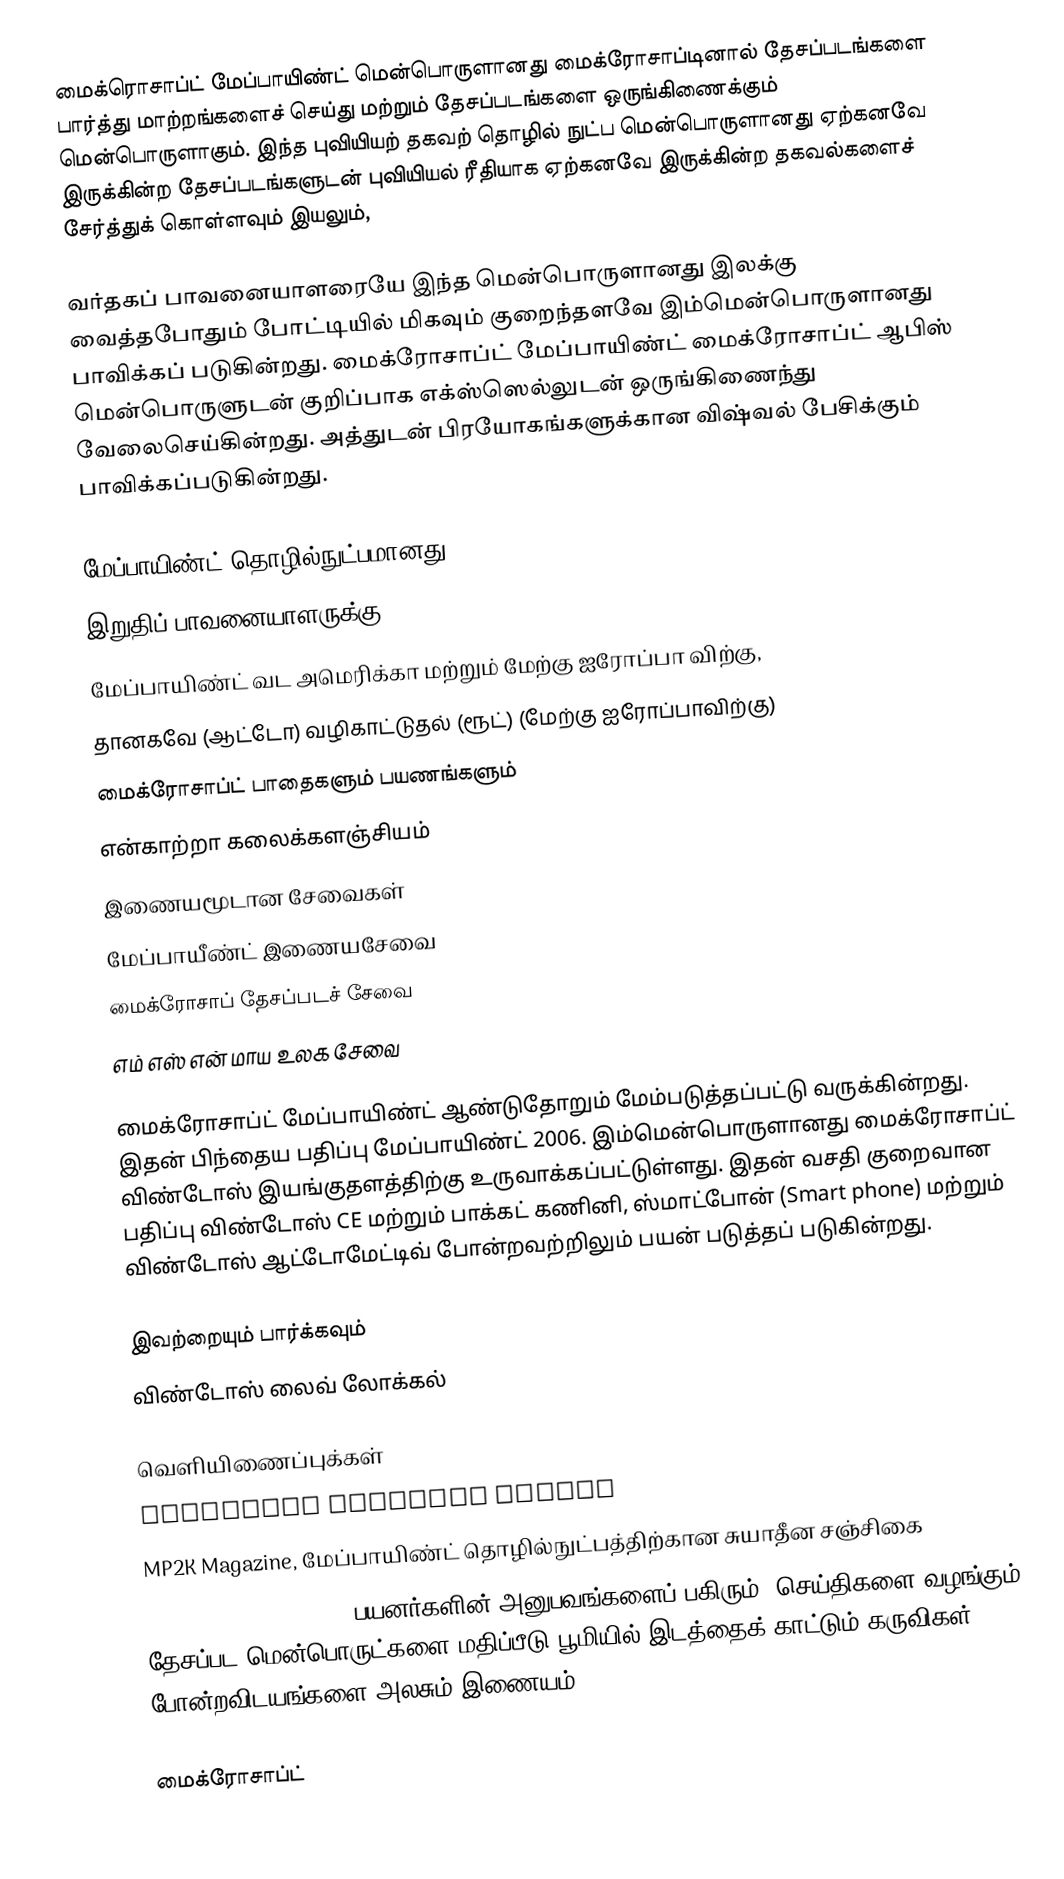
மைக்ரொசாப்ட் மேப்பாயிண்ட் மென்பொருளானது மைக்ரோசாப்டினால் தேசப்படங்களை பார்த்து மாற்றங்களைச் செய்து மற்றும் தேசப்படங்களை ஒருங்கிணைக்கும் மென்பொருளாகும். இந்த புவியியற் தகவற் தொழில் நுட்ப மென்பொருளானது ஏற்கனவே இருக்கின்ற தேசப்படங்களுடன் புவியியல் ரீதியாக ஏற்கனவே இருக்கின்ற தகவல்களைச் சேர்த்துக் கொள்ளவும் இயலும்,

வர்தகப் பாவனையாளரையே இந்த மென்பொருளானது இலக்கு வைத்தபோதும் போட்டியில் மிகவும் குறைந்தளவே இம்மென்பொருளானது பாவிக்கப் படுகின்றது. மைக்ரோசாப்ட் மேப்பாயிண்ட் மைக்ரோசாப்ட் ஆபிஸ் மென்பொருளுடன் குறிப்பாக எக்ஸ்ஸெல்லுடன் ஒருங்கிணைந்து வேலைசெய்கின்றது. அத்துடன் பிரயோகங்களுக்கான விஷ்வல் பேசிக்கும் பாவிக்கப்படுகின்றது.

மேப்பாயிண்ட் தொழில்நுட்பமானது
 இறுதிப் பாவனையாளருக்கு
 மேப்பாயிண்ட்  வட அமெரிக்கா மற்றும் மேற்கு ஐரோப்பா விற்கு,
 தானகவே (ஆட்டோ) வழிகாட்டுதல் (ரூட்) (மேற்கு ஐரோப்பாவிற்கு)
 மைக்ரோசாப்ட் பாதைகளும் பயணங்களும்
 என்காற்றா கலைக்களஞ்சியம்
 இணையமூடான சேவைகள்
 மேப்பாயீண்ட் இணையசேவை
 மைக்ரோசாப் தேசப்படச் சேவை
 எம் எஸ் என் மாய உலக சேவை

மைக்ரோசாப்ட் மேப்பாயிண்ட்  ஆண்டுதோறும் மேம்படுத்தப்பட்டு வருக்கின்றது. இதன் பிந்தைய பதிப்பு மேப்பாயிண்ட் 2006. இம்மென்பொருளானது மைக்ரோசாப்ட் விண்டோஸ் இயங்குதளத்திற்கு உருவாக்கப்பட்டுள்ளது. இதன் வசதி குறைவான பதிப்பு விண்டோஸ் CE மற்றும் பாக்கட் கணினி, ஸ்மாட்போன் (Smart phone) மற்றும் விண்டோஸ் ஆட்டோமேட்டிவ் போன்றவற்றிலும் பயன் படுத்தப் படுகின்றது.

இவற்றையும் பார்க்கவும்
 விண்டோஸ் லைவ் லோக்கல்

வெளியிணைப்புக்கள்
 Microsoft MapPoint Review
 MP2K Magazine, மேப்பாயிண்ட் தொழில்நுட்பத்திற்கான சுயாதீன சஞ்சிகை
 GpsPasSion Forums, mes பயனர்களின் அனுபவங்களைப் பகிரும், செய்திகளை வழங்கும் தேசப்பட மென்பொருட்களை மதிப்பீடு பூமியில் இடத்தைக் காட்டும் கருவிகள் போன்றவிடயங்களை அலசும் இணையம்.

மைக்ரோசாப்ட்